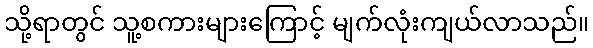
သို့ရာတွင် သူ့စကားများကြောင့် မျက်လုံးကျယ်လာသည်။